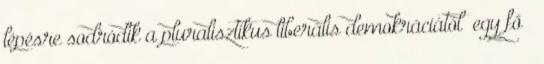
lépésre sodródik a pluralisztikus liberális demokráciától „egy fő –